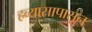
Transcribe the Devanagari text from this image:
हव्यासापासून